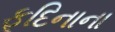
ફૂદિનાના